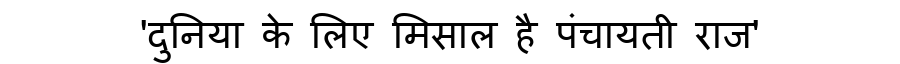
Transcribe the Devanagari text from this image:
'दुनिया के लिए मिसाल है पंचायती राज'